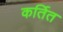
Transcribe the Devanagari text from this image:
कर्तित